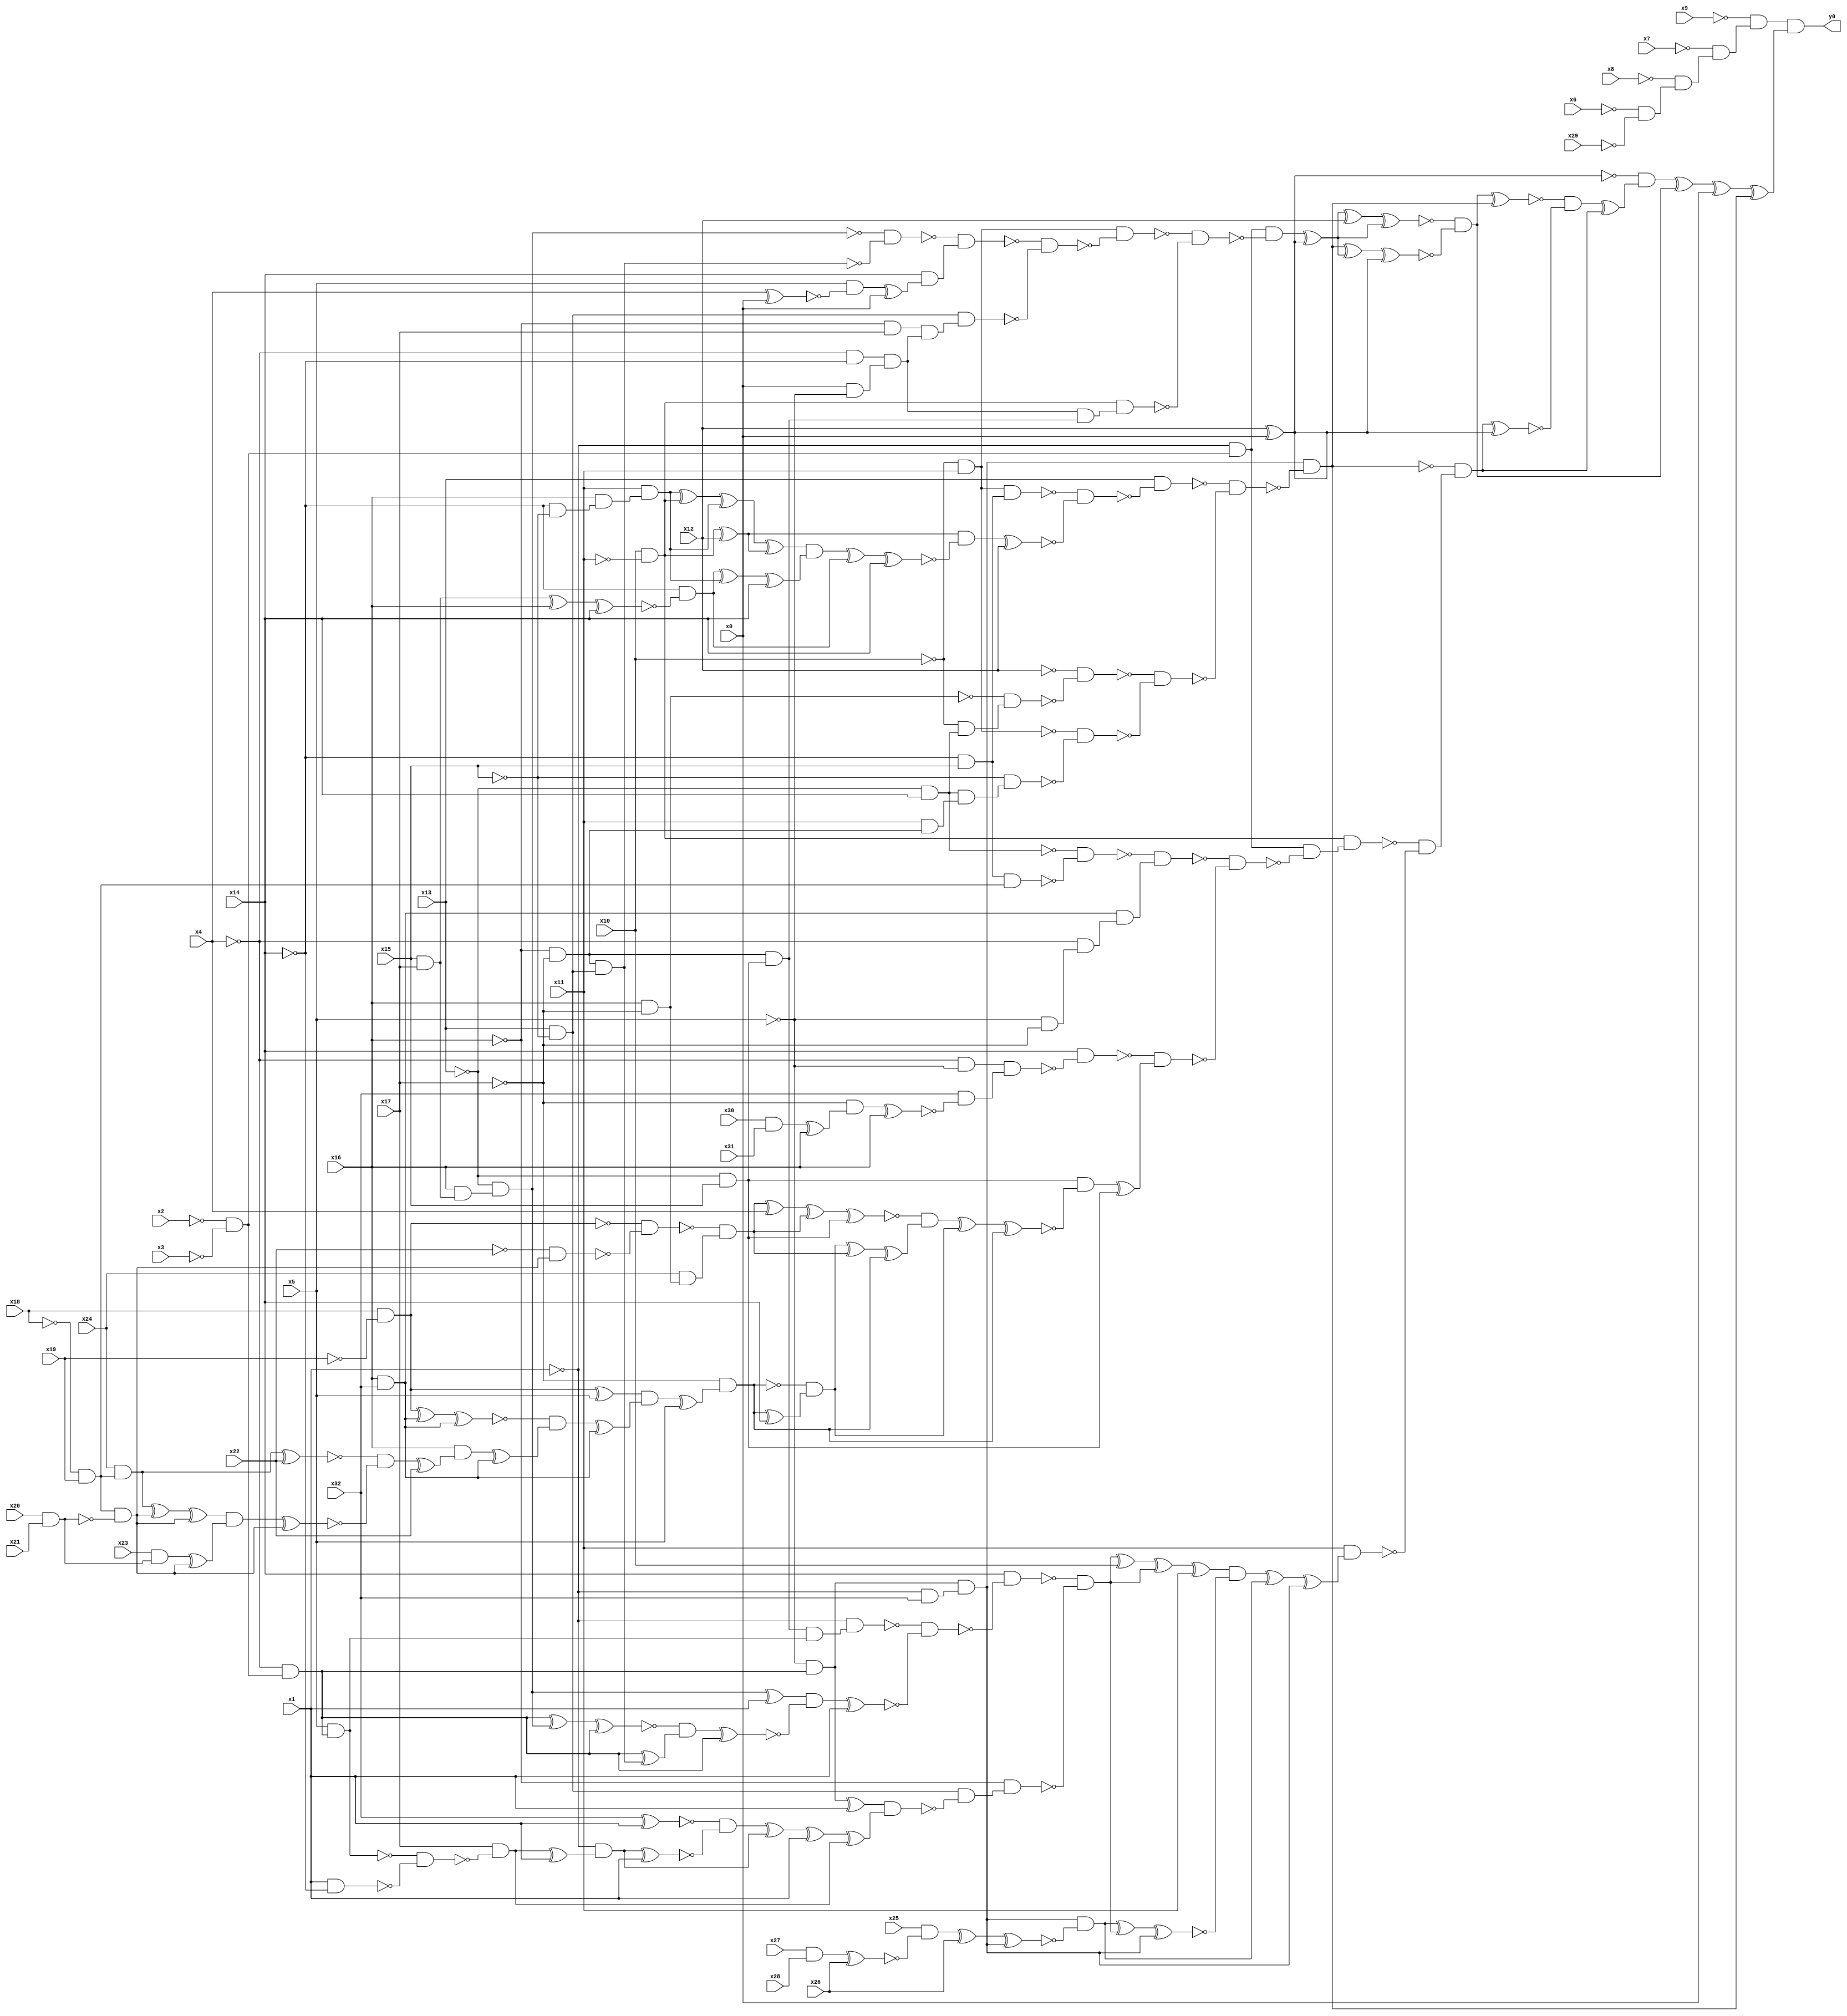
module top( x0 , x1 , x2 , x3 , x4 , x5 , x6 , x7 , x8 , x9 , x10 , x11 , x12 , x13 , x14 , x15 , x16 , x17 , x18 , x19 , x20 , x21 , x22 , x23 , x24 , x25 , x26 , x27 , x28 , x29 , x30 , x31 , x32 , y0 );
  input x0 , x1 , x2 , x3 , x4 , x5 , x6 , x7 , x8 , x9 , x10 , x11 , x12 , x13 , x14 , x15 , x16 , x17 , x18 , x19 , x20 , x21 , x22 , x23 , x24 , x25 , x26 , x27 , x28 , x29 , x30 , x31 , x32 ;
  output y0 ;
  wire n34 , n35 , n36 , n37 , n38 , n39 , n40 , n41 , n42 , n43 , n44 , n45 , n46 , n47 , n48 , n49 , n50 , n51 , n52 , n53 , n54 , n55 , n56 , n57 , n58 , n59 , n60 , n61 , n62 , n63 , n64 , n65 , n66 , n67 , n68 , n69 , n70 , n71 , n72 , n73 , n74 , n75 , n76 , n77 , n78 , n79 , n80 , n81 , n82 , n83 , n84 , n85 , n86 , n87 , n88 , n89 , n90 , n91 , n92 , n93 , n94 , n95 , n96 , n97 , n98 , n99 , n100 , n101 , n102 , n103 , n104 , n105 , n106 , n107 , n108 , n109 , n110 , n111 , n112 , n113 , n114 , n115 , n116 , n117 , n118 , n119 , n120 , n121 , n122 , n123 , n124 , n125 , n126 , n127 , n128 , n129 , n130 , n131 , n132 , n133 , n134 , n135 , n136 , n137 , n138 , n139 , n140 , n141 , n142 , n143 , n144 , n145 , n146 , n147 , n148 , n149 , n150 , n151 , n152 , n153 , n154 , n155 , n156 , n157 , n158 , n159 , n160 , n161 , n162 , n163 , n164 , n165 , n166 , n167 , n168 , n169 , n170 , n171 , n172 , n173 , n174 , n175 , n176 , n177 , n178 , n179 , n180 , n181 , n182 , n183 , n184 , n185 , n186 , n187 , n188 , n189 , n190 , n191 , n192 , n193 , n194 , n195 , n196 , n197 , n198 , n199 , n200 , n201 , n202 , n203 , n204 , n205 , n206 , n207 , n208 , n209 , n210 , n211 , n212 , n213 , n214 , n215 , n216 , n217 , n218 , n219 , n220 , n221 , n222 , n223 , n224 , n225 ;
  assign n34 = ~x6 & ~x29 ;
  assign n35 = ~x8 & n34 ;
  assign n36 = ~x7 & n35 ;
  assign n37 = ~x9 & n36 ;
  assign n38 = x12 ^ x0 ;
  assign n39 = ~x2 & ~x3 ;
  assign n40 = ~x1 & n39 ;
  assign n41 = ~x10 & x11 ;
  assign n42 = x15 & x17 ;
  assign n43 = x16 & n42 ;
  assign n44 = ~x13 & n43 ;
  assign n45 = ~x16 & ~x17 ;
  assign n46 = x13 & ~x15 ;
  assign n47 = n45 & n46 ;
  assign n48 = ~n44 & ~n47 ;
  assign n49 = x4 ^ x0 ;
  assign n50 = x5 & ~n49 ;
  assign n51 = n50 ^ x0 ;
  assign n52 = x14 & n51 ;
  assign n53 = ~n48 & n52 ;
  assign n54 = ~x16 & x17 ;
  assign n55 = ~x4 & ~x14 ;
  assign n56 = x0 & ~x5 ;
  assign n57 = n55 & n56 ;
  assign n58 = n54 & n57 ;
  assign n59 = n46 & n58 ;
  assign n60 = ~n53 & ~n59 ;
  assign n61 = n41 & ~n60 ;
  assign n62 = x10 & ~x11 ;
  assign n63 = ~x13 & x15 ;
  assign n64 = n45 & n63 ;
  assign n65 = n57 & n64 ;
  assign n66 = n62 & n65 ;
  assign n67 = ~n61 & ~n66 ;
  assign n68 = n40 & ~n67 ;
  assign n69 = n68 ^ n38 ;
  assign n70 = n69 ^ x12 ;
  assign n71 = n70 ^ n69 ;
  assign n72 = ~x4 & n39 ;
  assign n73 = ~x5 & n72 ;
  assign n74 = ~x1 & x32 ;
  assign n75 = n73 & n74 ;
  assign n76 = ~x14 & x15 ;
  assign n77 = n41 & n76 ;
  assign n78 = n62 ^ x12 ;
  assign n79 = ~x14 & ~x15 ;
  assign n80 = x16 & n79 ;
  assign n81 = x11 & n80 ;
  assign n82 = n81 ^ n62 ;
  assign n83 = n82 ^ n81 ;
  assign n84 = n83 ^ n78 ;
  assign n85 = n42 ^ x16 ;
  assign n86 = n85 ^ x14 ;
  assign n87 = ~x14 & ~n86 ;
  assign n88 = n87 ^ n81 ;
  assign n89 = n88 ^ x14 ;
  assign n90 = n84 & n89 ;
  assign n91 = n90 ^ n87 ;
  assign n92 = n91 ^ x14 ;
  assign n93 = n78 & ~n92 ;
  assign n94 = n93 ^ x12 ;
  assign n95 = ~n77 & ~n94 ;
  assign n96 = x13 & ~n95 ;
  assign n97 = x16 & ~x17 ;
  assign n98 = ~x13 & x14 ;
  assign n99 = ~x10 & n98 ;
  assign n100 = ~n97 & n99 ;
  assign n101 = ~x12 & ~n100 ;
  assign n102 = x11 & n45 ;
  assign n103 = n98 & n102 ;
  assign n104 = ~x15 & n103 ;
  assign n105 = ~n41 & ~n104 ;
  assign n106 = ~n101 & ~n105 ;
  assign n107 = ~n96 & ~n106 ;
  assign n108 = n75 & ~n107 ;
  assign n109 = n108 ^ n69 ;
  assign n110 = n109 ^ n38 ;
  assign n111 = ~n71 & ~n110 ;
  assign n112 = n111 ^ n108 ;
  assign n113 = ~x18 & x19 ;
  assign n114 = n76 & n113 ;
  assign n115 = ~n98 & ~n114 ;
  assign n116 = x16 & x32 ;
  assign n117 = ~x5 & ~x17 ;
  assign n118 = ~x4 & n117 ;
  assign n119 = n116 & n118 ;
  assign n120 = ~n115 & n119 ;
  assign n121 = ~x4 & ~x5 ;
  assign n122 = x30 & x31 ;
  assign n123 = n122 ^ x16 ;
  assign n124 = ~x17 & n123 ;
  assign n125 = n124 ^ x16 ;
  assign n126 = x32 & ~n125 ;
  assign n127 = n121 & n126 ;
  assign n128 = x14 & ~n127 ;
  assign n129 = x18 & ~x19 ;
  assign n130 = x20 & x21 ;
  assign n131 = n113 & ~n130 ;
  assign n132 = ~x22 & n131 ;
  assign n133 = ~n129 & ~n132 ;
  assign n134 = x24 & n97 ;
  assign n135 = ~n133 & n134 ;
  assign n136 = n135 ^ x4 ;
  assign n137 = n136 ^ n135 ;
  assign n138 = n137 ^ n63 ;
  assign n139 = n129 ^ x5 ;
  assign n140 = n129 ^ n116 ;
  assign n141 = n140 ^ n116 ;
  assign n142 = x24 & n113 ;
  assign n143 = n142 ^ x22 ;
  assign n144 = n142 ^ n131 ;
  assign n145 = n144 ^ n131 ;
  assign n146 = x23 & n130 ;
  assign n147 = n146 ^ n131 ;
  assign n148 = n145 & n147 ;
  assign n149 = n148 ^ n131 ;
  assign n150 = ~n143 & ~n149 ;
  assign n151 = n150 ^ x22 ;
  assign n152 = x16 & n151 ;
  assign n153 = n152 ^ n116 ;
  assign n154 = ~n141 & n153 ;
  assign n155 = n154 ^ n116 ;
  assign n156 = n139 & n155 ;
  assign n157 = n156 ^ x5 ;
  assign n158 = ~x17 & n157 ;
  assign n159 = n158 ^ x14 ;
  assign n160 = ~n158 & n159 ;
  assign n161 = n160 ^ n135 ;
  assign n162 = n161 ^ n158 ;
  assign n163 = ~n138 & n162 ;
  assign n164 = n163 ^ n160 ;
  assign n165 = n164 ^ n158 ;
  assign n166 = n63 & ~n165 ;
  assign n167 = n166 ^ n63 ;
  assign n168 = ~n128 & n167 ;
  assign n169 = ~n120 & ~n168 ;
  assign n170 = n40 & ~n169 ;
  assign n171 = n62 & n170 ;
  assign n172 = x5 & n72 ;
  assign n173 = n64 & n172 ;
  assign n174 = ~x1 & n173 ;
  assign n175 = n44 ^ x1 ;
  assign n176 = n72 ^ n44 ;
  assign n177 = n176 ^ n72 ;
  assign n178 = n72 ^ n47 ;
  assign n179 = ~n177 & n178 ;
  assign n180 = n179 ^ n72 ;
  assign n181 = n175 & ~n180 ;
  assign n182 = n181 ^ x1 ;
  assign n183 = ~n174 & ~n182 ;
  assign n184 = x14 & ~n183 ;
  assign n185 = n73 ^ x1 ;
  assign n186 = x32 ^ x1 ;
  assign n187 = x1 & ~x14 ;
  assign n188 = ~n172 & ~n187 ;
  assign n189 = x17 & ~n188 ;
  assign n190 = n189 ^ x1 ;
  assign n191 = ~x1 & n190 ;
  assign n192 = n191 ^ x1 ;
  assign n193 = ~n186 & ~n192 ;
  assign n194 = n193 ^ n191 ;
  assign n195 = n194 ^ x1 ;
  assign n196 = n195 ^ n189 ;
  assign n197 = n185 & n196 ;
  assign n198 = n46 & ~n197 ;
  assign n199 = ~x16 & n198 ;
  assign n200 = ~n184 & ~n199 ;
  assign n201 = n200 ^ x10 ;
  assign n202 = n201 ^ n200 ;
  assign n203 = n202 ^ x11 ;
  assign n204 = x27 & x28 ;
  assign n205 = n204 ^ x26 ;
  assign n206 = x25 & ~n205 ;
  assign n207 = n206 ^ x26 ;
  assign n208 = n207 ^ n75 ;
  assign n209 = n75 & ~n208 ;
  assign n210 = n209 ^ n200 ;
  assign n211 = n210 ^ n75 ;
  assign n212 = n203 & ~n211 ;
  assign n213 = n212 ^ n209 ;
  assign n214 = n213 ^ n75 ;
  assign n215 = x11 & n214 ;
  assign n216 = ~n171 & ~n215 ;
  assign n217 = ~n108 & n216 ;
  assign n218 = n217 ^ n38 ;
  assign n219 = ~n112 & ~n218 ;
  assign n220 = n219 ^ n217 ;
  assign n221 = ~n38 & n220 ;
  assign n222 = n221 ^ n111 ;
  assign n223 = n222 ^ x0 ;
  assign n224 = n223 ^ n108 ;
  assign n225 = n37 & n224 ;
  assign y0 = n225 ;
endmodule